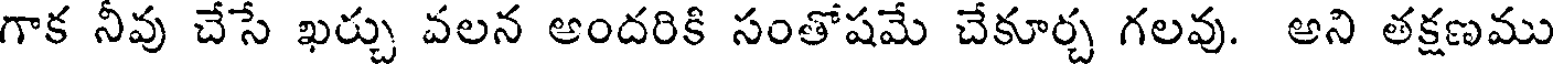
గాక నీవు చేసే ఖర్చు వలన అందరికి సంతోషమే చేకూర్చ గలవు. అని తక్షణము